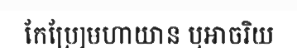
កែប្រែ]មហាយាន ឬអាចរិយ